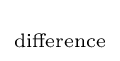
\scriptstyle {\text{difference}}